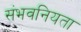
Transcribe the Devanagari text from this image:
संभवनियता